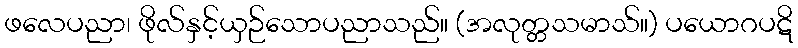
ဖလေပညာ၊ ဖိုလ်နှင့်ယှဉ်သောပညာသည်။ (အလုတ္တသမာသ်။) ပယောဂပဋိ